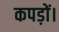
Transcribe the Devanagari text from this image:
कपड़ों।